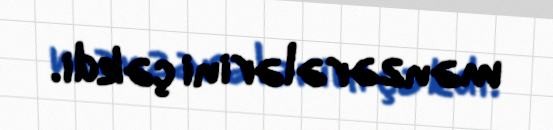
mənzərələrini çəkdi.